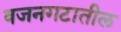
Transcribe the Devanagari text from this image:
वजनगटातील